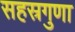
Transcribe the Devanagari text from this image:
सहस्रगुणा